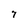
Character: 7